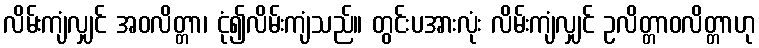
လိမ်းကျံလျှင် အဝလိတ္တာ၊ ငုံ၍လိမ်းကျံသည်။ တွင်းပအားလုံး လိမ်းကျံလျှင် ဥလိတ္တာဝလိတ္တာဟု